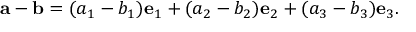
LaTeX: \mathbf { a } - \mathbf { b } = ( a _ { 1 } - b _ { 1 } ) \mathbf { e } _ { 1 } + ( a _ { 2 } - b _ { 2 } ) \mathbf { e } _ { 2 } + ( a _ { 3 } - b _ { 3 } ) \mathbf { e } _ { 3 } .